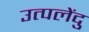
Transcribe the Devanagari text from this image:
उत्पलेंदु